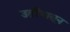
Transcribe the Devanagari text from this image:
उतींपासून